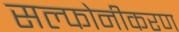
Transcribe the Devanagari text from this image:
सल्फोनीकरण